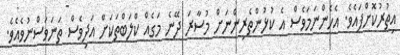
އިތުރުކޮށްފައެވެ. އެހެންނަމަވެސް އެ ކުޅުންތެރިންނަށް މުސާރަ ދޭނެ މަގެއް ކްލަބްތަކަށް އަދިވެސް ތަނަވަސްނުވެއެވެ.